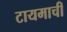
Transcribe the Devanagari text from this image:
टायमाची